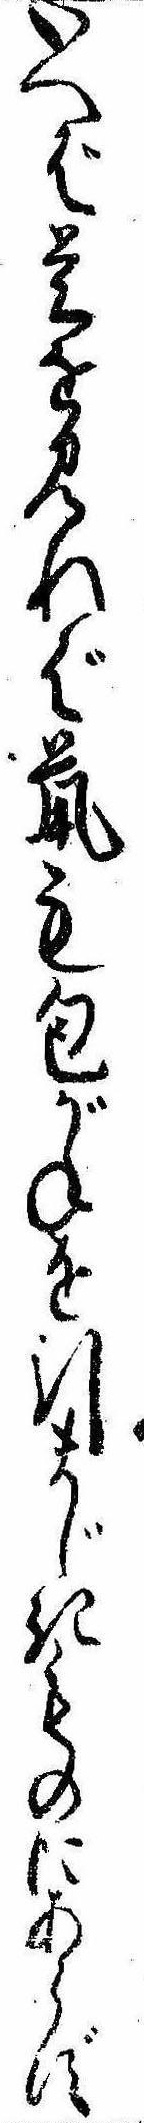
いへば是を見れば鼠も包がねを引まじきものにあらず